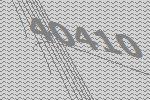
40410